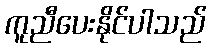
ကူညီပေးနိုင်ပါသည်